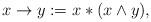
LaTeX: \begin{align*}x \to y := x * (x \wedge y),\end{align*}